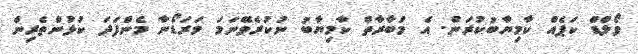
ވޯލްޑް ކަޕެއް ކާމިޔާބުކުރަން. އެ މުބާރާތް ކާމިޔާބު ނުކުރެވޭނަމަ މަރަޑޯނާ މެންފަދަ ކުޅުންތެރިން